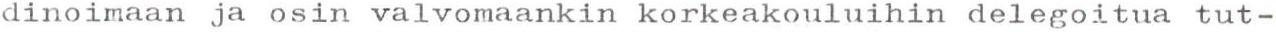
dinoimaan ja osin valvomaankin korkeakouluihin delegoitua tut-